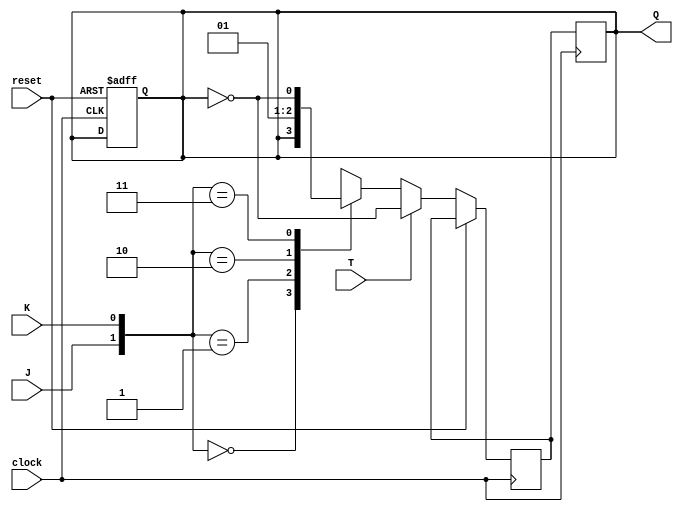
module TJKFF(
    input T,
    input J,
    input K,
    input clock,
    input reset,
    output reg Q
);

reg Q_next;

always @(posedge clock or posedge reset) begin
    if(reset) begin
        Q <= 1'b0;
    end else begin
        if(T) begin
            Q_next <= ~Q;
        end else begin
            case({J,K})
                2'b00: Q_next <= Q; // No change
                2'b01: Q_next <= 1'b0; // Reset
                2'b10: Q_next <= 1'b1; // Set
                2'b11: Q_next <= ~Q; // Toggle
            endcase
        end
    end
end

always @(posedge clock) begin
    Q <= Q_next;
end

endmodule